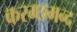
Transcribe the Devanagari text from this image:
करम्छमन्द